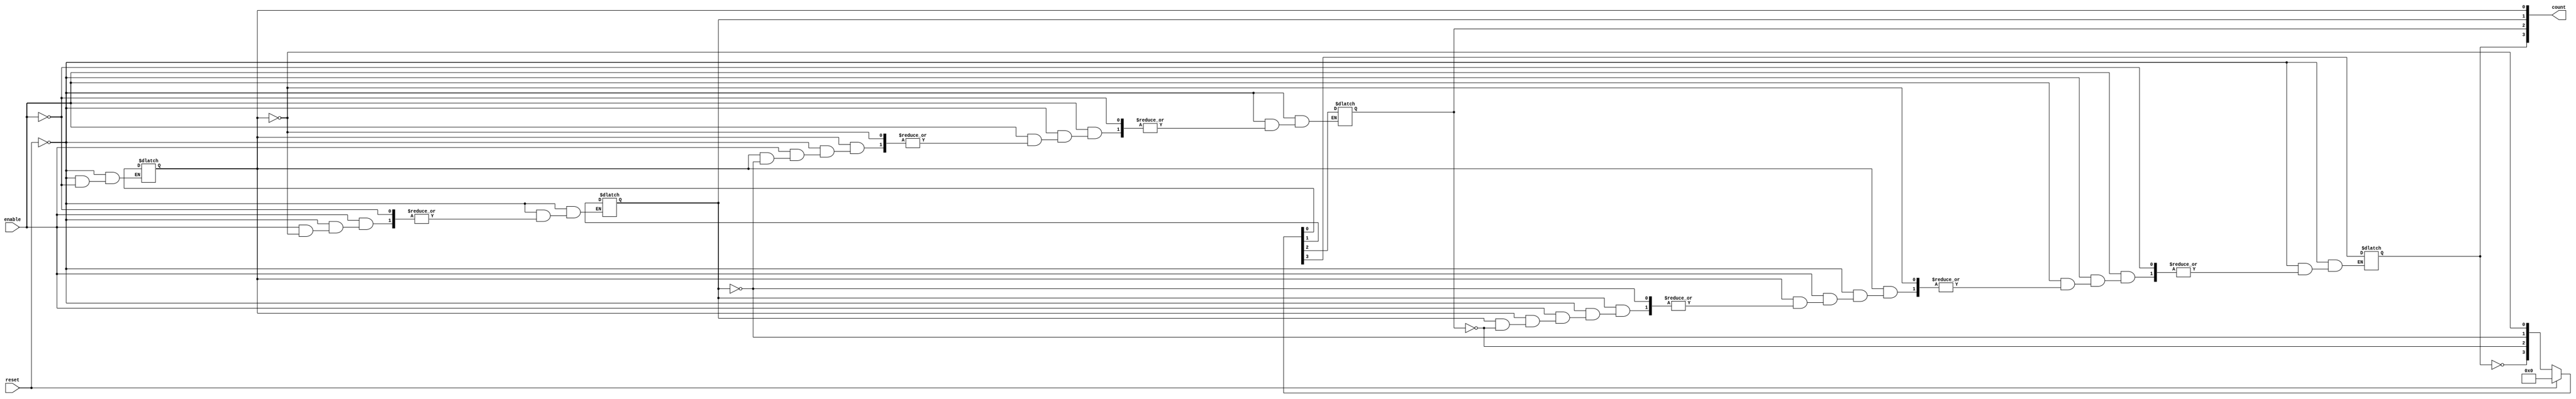
module async_counter (
    input wire enable,        // Enable signal
    input wire reset,         // Asynchronous reset signal
    output reg [3:0] count    // 4-bit counter output
);

// Asynchronous reset and counting logic
always @(*) begin
    if (reset) begin
        count = 4'b0000; // Reset the counter to 0
    end else if (enable) begin
        // Increment the counter
        count[0] = ~count[0]; // Toggle LSB
        if (count[0] == 1'b0) begin // If LSB toggled from 1 to 0
            count[1] = ~count[1]; // Toggle next bit
            if (count[1] == 1'b0) begin // If second bit toggled from 1 to 0
                count[2] = ~count[2]; // Toggle third bit
                if (count[2] == 1'b0) begin // If third bit toggled from 1 to 0
                    count[3] = ~count[3]; // Toggle MSB
                end
            end
        end
    end
end

endmodule